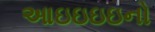
આઇઇઇઇનો